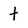
Character: t